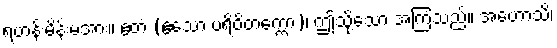
ရဟန်းမိန်းမအား။ ဧတံ (ဧသော ပရိဝိတက္ကော)၊ ဤသို့သော အကြံသည်။ အဟောသိ၊